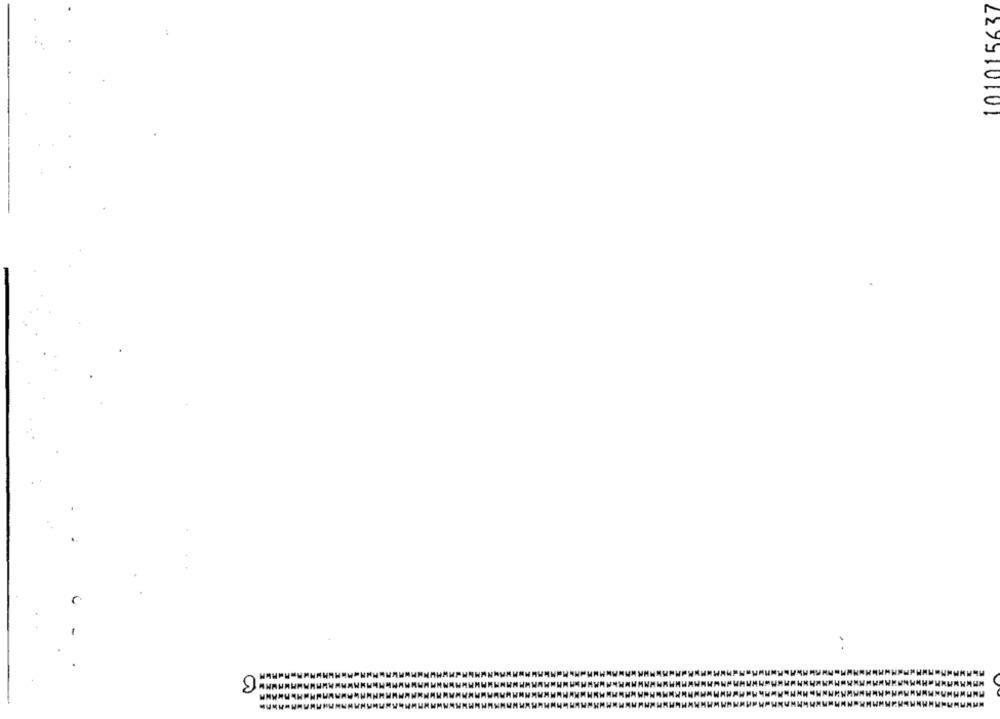
227910101